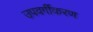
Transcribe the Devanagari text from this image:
उपवर्गीकरण